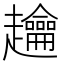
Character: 䟑